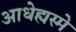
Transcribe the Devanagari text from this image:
आधेह्यस्मे